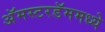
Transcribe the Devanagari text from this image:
अॅमस्टरडॅममध्ये